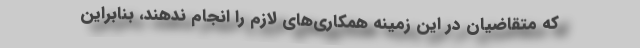
که متقاضیان در این زمینه همکاری‌های لازم را انجام ندهند، بنابراین